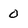
Character: 0